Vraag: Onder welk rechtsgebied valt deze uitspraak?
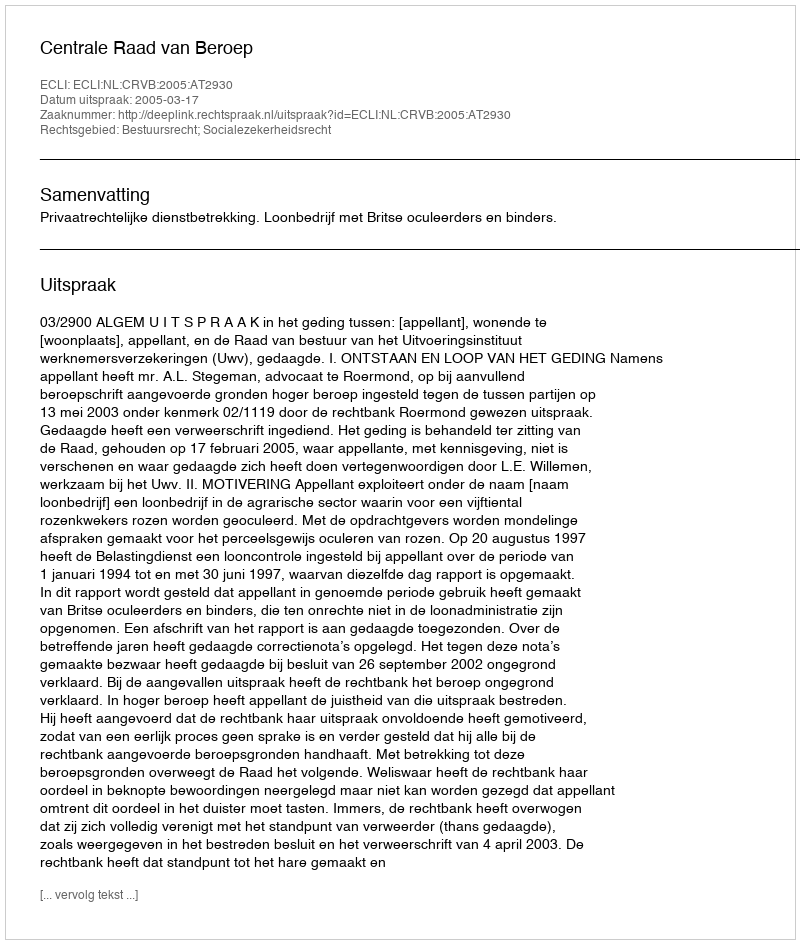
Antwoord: Bestuursrecht; Socialezekerheidsrecht